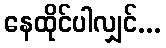
နေထိုင်ပါလျှင်...